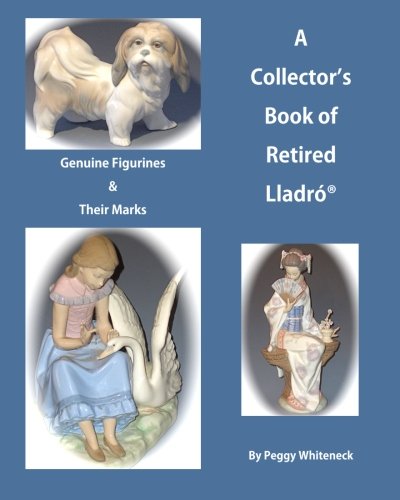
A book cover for A Collector's Book of Retired Lladro: Genuine Figurines & Their Marks; Peggy Whiteneck; Crafts, Hobbies & Home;